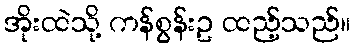
အိုးထဲသို့ ကန်စွန်းဥ ထည့်သည်။